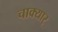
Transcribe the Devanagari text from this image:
चाक्यार्